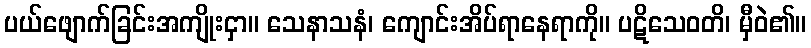
ပယ်ဖျောက်ခြင်းအကျိုးငှာ။ သေနာသနံ၊ ကျောင်းအိပ်ရာနေရာကို။ ပဋိသေဝတိ၊ မှီဝဲ၏။